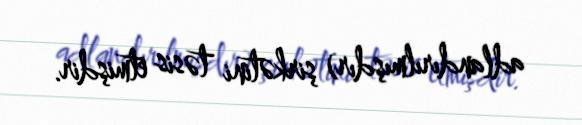
adlandırılmışdır) şirkətini təsis etmişdir.